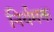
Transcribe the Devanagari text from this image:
निर्यमक